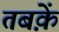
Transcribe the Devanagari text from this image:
तबक़ें